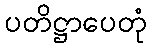
ပတိဋ္ဌာပေတုံ